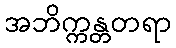
အဘိက္ကန္တတရာ